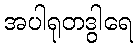
အပါရုတဒွါရေ